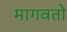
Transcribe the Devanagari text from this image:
मागवतो